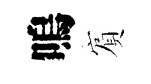
嗚賔